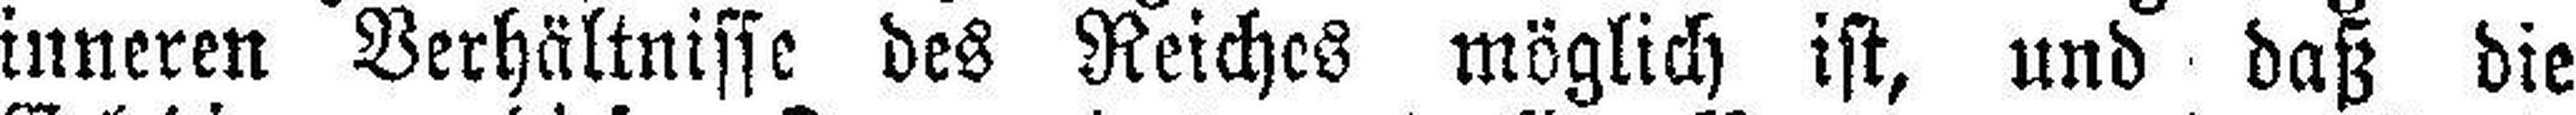
inneren Verhältnisse des Reiches möglich ist, und daß die